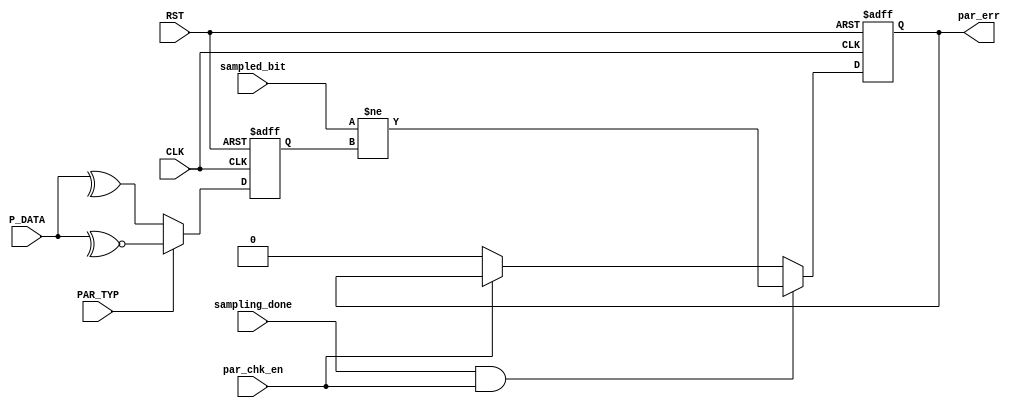
module RX_PARITY_CHECK #(
    parameter DATA_WIDTH = 8
)(
    input wire CLK,
    input wire RST,
    input wire PAR_TYP,
    input wire par_chk_en,
    input wire sampled_bit,
    input wire sampling_done,
    input wire [DATA_WIDTH-1:0] P_DATA,
    output reg par_err
);
    
    reg par_res;
    always @(posedge CLK or negedge RST) begin
        if (~RST) begin
            par_err <= 'b0;
        end
        else if (sampling_done && par_chk_en) begin
            par_err <= (sampled_bit != par_res);
        end
        else if (~par_chk_en) begin
            par_err <= 0;
        end
    end

    
    localparam  EVEN_PARITY = 1'b0;
    always @(posedge CLK or negedge RST) begin
        if (~RST) begin
            par_res <= 'b0;
        end
        else if (PAR_TYP == EVEN_PARITY) begin
                par_res <= ^P_DATA;
            end
        else begin /*Odd Parity*/
                par_res <= ~^P_DATA;
        end
    end

endmodule